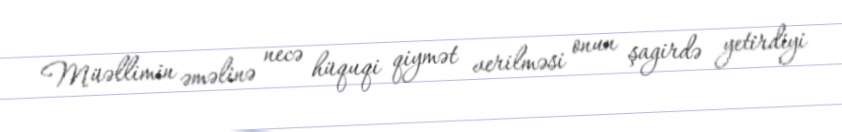
Müəllimin əməlinə necə hüquqi qiymət verilməsi onun şagirdə yetirdiyi